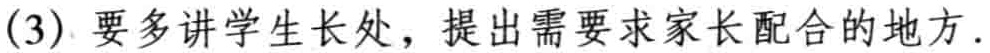
(3) 要多讲学生长处，提出需要求家长配合的地方.